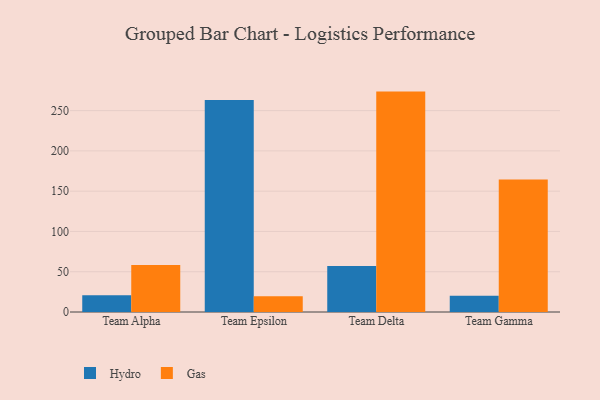
{"axis": {"x": "Team", "y": "Operating Costs (USD K)"}, "legend": ["Gas", "Hydro"], "data": [{"x": "Team Alpha", "y": 20.9, "type": "Hydro"}, {"x": "Team Alpha", "y": 58.4, "type": "Gas"}, {"x": "Team Epsilon", "y": 263.3, "type": "Hydro"}, {"x": "Team Epsilon", "y": 19.7, "type": "Gas"}, {"x": "Team Delta", "y": 57.0, "type": "Hydro"}, {"x": "Team Delta", "y": 273.6, "type": "Gas"}, {"x": "Team Gamma", "y": 20.1, "type": "Hydro"}, {"x": "Team Gamma", "y": 164.5, "type": "Gas"}]}